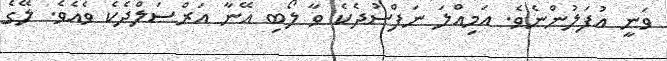
ވަނީ އުފަލުންނެވެ. އަމިއްލަ ނަފްސުދެކެ ވާ ލޯބި އޭނާ އަރްސަލްދެކެ ވެއެވެ. ލޭގެ